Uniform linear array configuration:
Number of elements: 32
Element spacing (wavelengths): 1
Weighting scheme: binomial
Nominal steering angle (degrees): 60
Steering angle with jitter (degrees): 58.01
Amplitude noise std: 0.05
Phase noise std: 0.05

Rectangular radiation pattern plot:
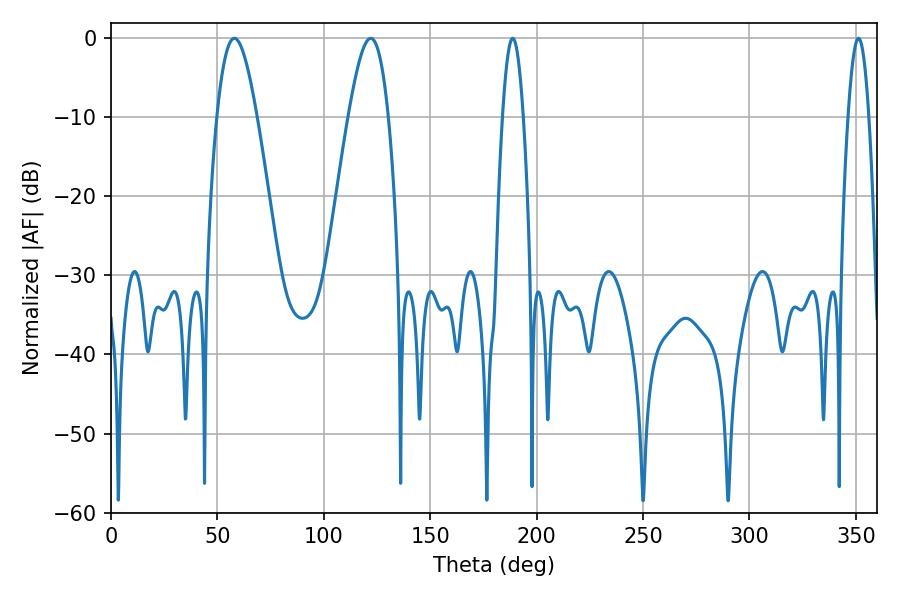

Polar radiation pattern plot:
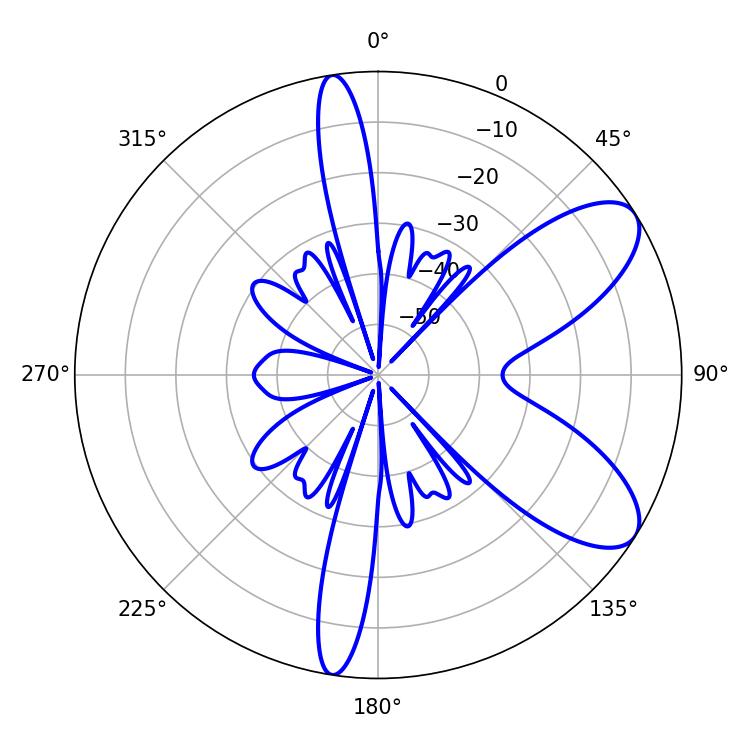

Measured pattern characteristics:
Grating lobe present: TRUE
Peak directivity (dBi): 8.281
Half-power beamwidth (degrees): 10.08
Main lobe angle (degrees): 122.04